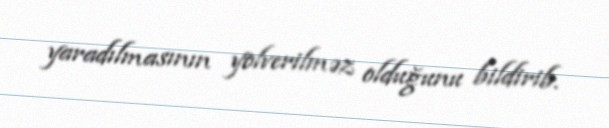
yaradılmasının yolverilməz olduğunu bildirib.